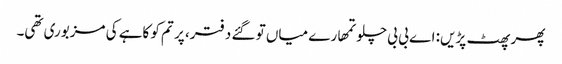
پھر پھٹ پڑیں: اے بی بی چلو تمھارے میاں تو گئے دفتر، پر تم کو کاہے کی مزبوری تھی۔